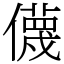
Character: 㒝